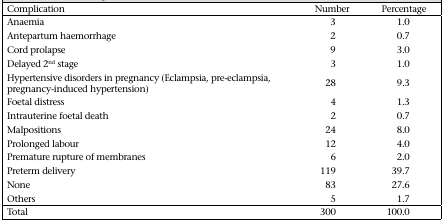
<table><thead><tr><td><b>Complication</b></td><td><b>Number</b></td><td><b>Percentage</b></td></tr></thead><tbody><tr><td>Anaemia</td><td>3</td><td>1.0</td></tr><tr><td>Antepartum haemorrhage</td><td>2</td><td>0.7</td></tr><tr><td>Cord prolapse</td><td>9</td><td>3.0</td></tr><tr><td>Delayed 2<sup>nd</sup> stage</td><td>3</td><td>1.0</td></tr><tr><td>Hypertensive disorders in pregnancy (Eclampsia, pre-eclampsia, pregnancy-induced hypertension)</td><td>28</td><td>9.3</td></tr><tr><td>Foetal distress</td><td>4</td><td>1.3</td></tr><tr><td>Intrauterine foetal death</td><td>2</td><td>0.7</td></tr><tr><td>Malpositions</td><td>24</td><td>8.0</td></tr><tr><td>Prolonged labour</td><td>12</td><td>4.0</td></tr><tr><td>Premature rupture of membranes</td><td>6</td><td>2.0</td></tr><tr><td>Preterm delivery</td><td>119</td><td>39.7</td></tr><tr><td>None</td><td>83</td><td>27.6</td></tr><tr><td>Others</td><td>5</td><td>1.7</td></tr><tr><td>Total</td><td>300</td><td>100.0</td></tr></tbody></table>